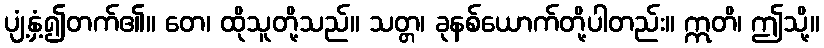
ပျံ့နှံ့၍တက်၏။ တေ၊ ထိုသူတို့သည်။ သတ္တ၊ ခုနစ်ယောက်တို့ပါတည်း။ ဣတိ၊ ဤသို့။